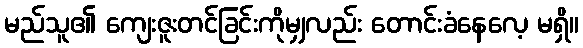
မည်သူ၏ ကျေးဇူးတင်ခြင်းကိုမျှလည်း တောင်းခံနေလေ့ မရှိ။